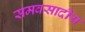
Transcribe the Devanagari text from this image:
समवसादीय